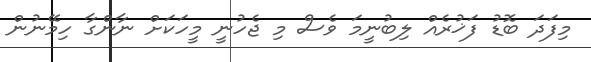
މިފަދަ ބޮޑު ފަޚުރެއް ލިބުނީމަ ވެސް މި ޖެހުނީ މީހަކަށް ނާންގާ ހިމޭނުން